Annual statistical returns and brief notes on vaccination in Bengal - 1909-1929
Year: 1909
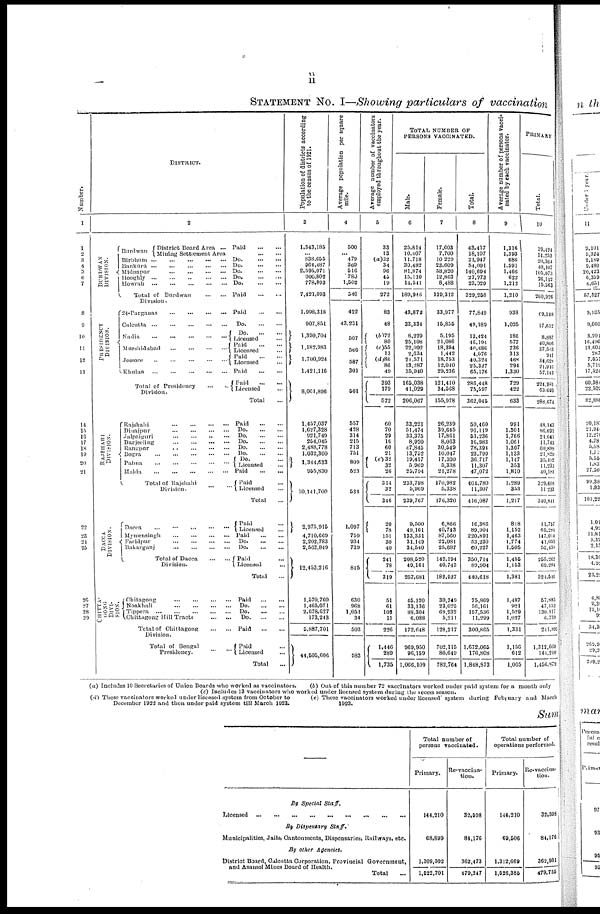
ii
STATEMENT NO. I—Showing particulars of vaccination
Number.
1
1
2
3
4
5
6
7
8
9
10
11
12
13
14
15
16
17
18
19
20
21
22
23
24
25
20
27
28
29
DISTRICT.
2
BURDWAN
DIVISION.
PRESIDENCY
DIVISION.
Burdwan
District Board Area ... Paid
...
...
Milling Settlement Area
...
...
Birbhum
...
...
...
...
...
Bankura
...
...
...
...
...
Midnapur
...
...
...
...
Hooghly
...
...
...
...
...
Howrah
...
...
...
...
...
Total of Burdwan
Division. ... ...
24-Parganas
...
...
...
...
Calcutta
...
...
...
...
...
Nadia
...
...
...
...
...
Murshidabad
...
...
...
...
Jessore
...
...
...
...
...
Khulna
...
...
...
...
...
Total of Presidency
Division. ... ...
Do. ... ...
Do. ... ...
Do.
...
...
Do. ... ...
Do. ... ...
Paid
...
...
Paid
...
...
Do. ... ...
Do. ... ...
Licensed ...
Paid ...
Licensed ...
Paid ...
Licensed ...
Paid
...
...
Paid
...
...
Licensed ...
Total ...
RAJSHAHI
DIVISION.
Rajshahi
...
...
...
...
Dinajpur
...
...
...
...
Jalpaiguri
...
...
...
...
Darjeeling
...
...
...
...
Rangpur
...
...
...
...
Bogra
...
...
...
...
...
Pabna
...
...
...
...
...
Malda
...
...
...
...
...
Total of Rajshahi
Division. ... ...
Paid
...
...
Do. ... ...
Do. ... ...
Do. ... ...
Do. ... ...
Do. ... ...
Do. ...
Licensed ...
Paid
...
...
Paid ...
Licensed ...
Total ...
DACCA
DIVISION.
Dacca
...
...
...
...
...
Mymensingh
...
...
...
...
Faridpur
...
...
...
...
Bakarganj
...
...
...
...
Total of Dacca
...
...
Division.
Paid ...
Licensed ...
Paid
...
...
Do. ... ...
Do. ... ...
Paid ...
Licensed ...
Total ...
CHITTA-
GONG
DIVI-
SION.
Chitagong
...
...
...
...
Noakhali
...
...
...
...
Tippera
...
...
...
...
Chittagong Hill Tracts
...
...
Total of Chittagong
...
...
Division.
Total of Bengal
Presidency.
...
...
Paid
...
...
Do. ... ...
Do. ... ...
Do. ... ...
Paid
...
...
Paid ...
Licensed ...
Total ...
Population of districts according
to the census of 1921.
3
1,343,185
...
838,655
964,487
2,595,071
900,802
778,893
7,421,093
1,998,318
907,851
1,390,704
1,182,983
1,700,924
1,421,116
8,061,896
1,457,037
1,627,328
921,749
254,045
2,488,778
1,032,300
1,344,633
955,830
10,141,700
2,975,915
4,710,669
2,202,783
2,563,849
12,453,216
1,570,760
1,465,071
2,678,627
173,243
5,887,701
44,505,606
Average population per square
mile.
4
500
... 479
369
516
780
1,502
540
422
43,231
507
566
587
301
501
557
428
314
215
713
751
809
523
534
1,097
759
934
739
815
630
968
1,051
34
503
583
Average number of vaccinators
employed throughout the year.
5
33
13
(a)32
34
96
45
19
272
83
48
(b)72
80
(c)55
13
(d) 86
86
49
393
179
572
60
70
29
16
60
21
(e) 32
32
26
314
32
346
20
78
151
30
40
241
78
319
51
61
103
11
226
1,446
289
1,735
TOTAL NUMBER OF
PERSONS VACCINATED.
Male.
6
25,814
10,407
11,718
30,482
81,874
15,110
14,541
189,946
43,872
33,334
8,229
25,108
22,092
2,634
21,571
13,287
35,940
165,038
41,029
206,067
33,221
51,474
33,375
8,920
47,845
13,752
19,417
5,969
25,794
233,798
5,969
239,767
9,500
49,161
133,331
31,149
34,540
208,520
49,161
257,681
45,120
33,136
88,304
6,088
172,648
969,950
96,159
1,066,109
Female.
7
17,603
7,700
10,229
23,609
58,820
12,863
8,488
139,312
33,977
15,856
5,195
21,086
18,394
1,442
18,753
12,040
29,236
121,410
34,568
155,978
26,239
39,645
17,861
8,063
30,549
10,047
17,300
5,338
21,278
170,982
5,338
176,320
6,866
40,743
87,560
22,081
25,687
142,194
40,743
182,937
30,749
23,025
69,232
5,211
128,217
702,115
80,649
782,764
Total.
8
43,417
18,107
21,947
54,091
140,694
27,973
23,029
320,258
77,849
49,189
13,424
46,194
40,486
4,076
40,324
25,327
65,176
286,448
75,597
362,045
59,460
91,119
51,236
16,983
78,391
23,799
36,717
11,307
47,072
401,780
11,307
416,087
16,366
89,904
220,891
53,230
60,227
350,714
89,904
440,618
75,869
56,161
157,536
11,299
300,865
1,672,065
176,808
1,848,873
Average number of persons vacci-
nated by each vaccinator.
9
1,316
1,393
686
1,591
1,466
622
1,212
1,210
938
1,025
186
577
736
313
468
294
1,330
729
422
633
991
1,301
1,766
1,061
1,307
1,133
1,147
353
1,810
1,289
353
1,217
818
1,152
1,463
1,774
1,505
1,455
1,153
1,381
1,487
921
1,529
1,027
1,331
1,156
612
1,065
PRIMARY
Total.
10
14,253
20,364
40,107
105,073
26,142
15,563
260,926
69,148
17,612
8,887
40,806
37,563
941
34,628 21,916
57,143
224,981
63,693
288,674
48,143
86,691
21,641
11,743
60,888
21,829
35,492
11,233
40,181
320,608
11,233
340,841
11,757
60,281
147,014
41,053
55,438
255,262
69,284
324,546
57,883
47,153
130,117
6,739
241,890
1,312,669
144,210
1,456,879
(a) Includes 10 Secretaries of Union Boards who worked as vaccinators.
(b) Out of this number 72 vaccinators worked under paid system for a month only
(c)Includes 13 vaccinators who worked under licensed system during the recess season.
(d) These vaccinators worked under licensed system from October to
December 1922 and then under paid system till March 1923.
(e) These vaccinators worked under licensed system during February and March
1923.
Sum
—
By Special
Staff.
Licensed
...
...
...
...
...
...
...
...
...
...
By Dispensary Staff.
Municipalities, Jails, Cantonments, Dispensaries, Railways, etc.
By other Agencies.
District Board, Calcutta Corporation, Provincial Government.
and Asansol Mines Board of Health.
Total ...
Total number of
persons vaccinated.
Primary.
144,210
68,899
1,300,592
1,522,701
Re-vaccina-
tion.
32,598
84,176
362,473
479,247
Total number of
operations performed.
Primary.
144,210
69,506
1,312,669
1,526,386
Re-vaccina-
tion.
32,598
84,176
362,981
479,755